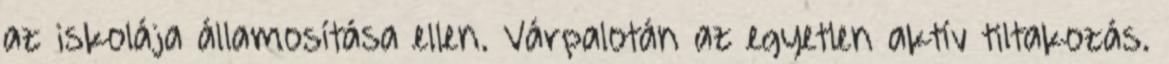
az iskolája államosítása ellen. Várpalotán az egyetlen aktív tiltakozás.